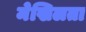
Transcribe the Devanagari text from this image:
मेखिलता